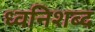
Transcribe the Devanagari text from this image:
ध्वनिशब्द